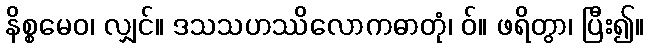
နိစ္စမေဝ၊ လျှင်။ ဒသသဟဿိလောကဓာတုံ၊ ဝ်။ ဖရိတွာ၊ ပြီး၍။